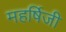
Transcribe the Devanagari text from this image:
महर्षिजी